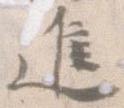
進